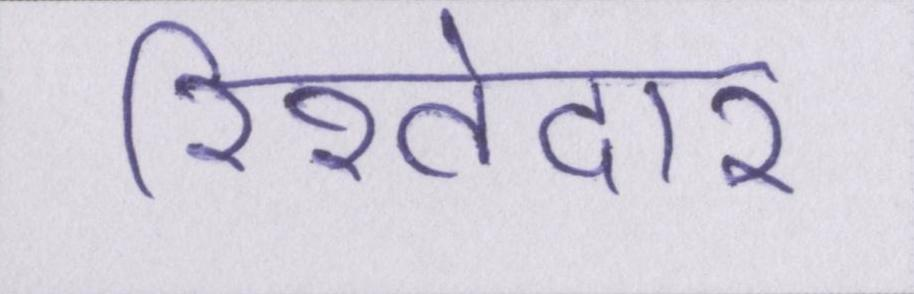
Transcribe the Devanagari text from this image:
रिश्तेदार